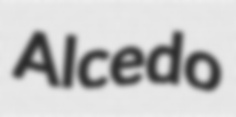
Alcedo